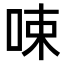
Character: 𠲿